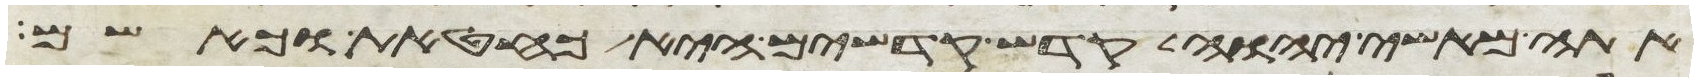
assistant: אתה מאשי יהוה קדש קדשים היא כחטאת כאשם